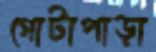
গোটাপাড়া